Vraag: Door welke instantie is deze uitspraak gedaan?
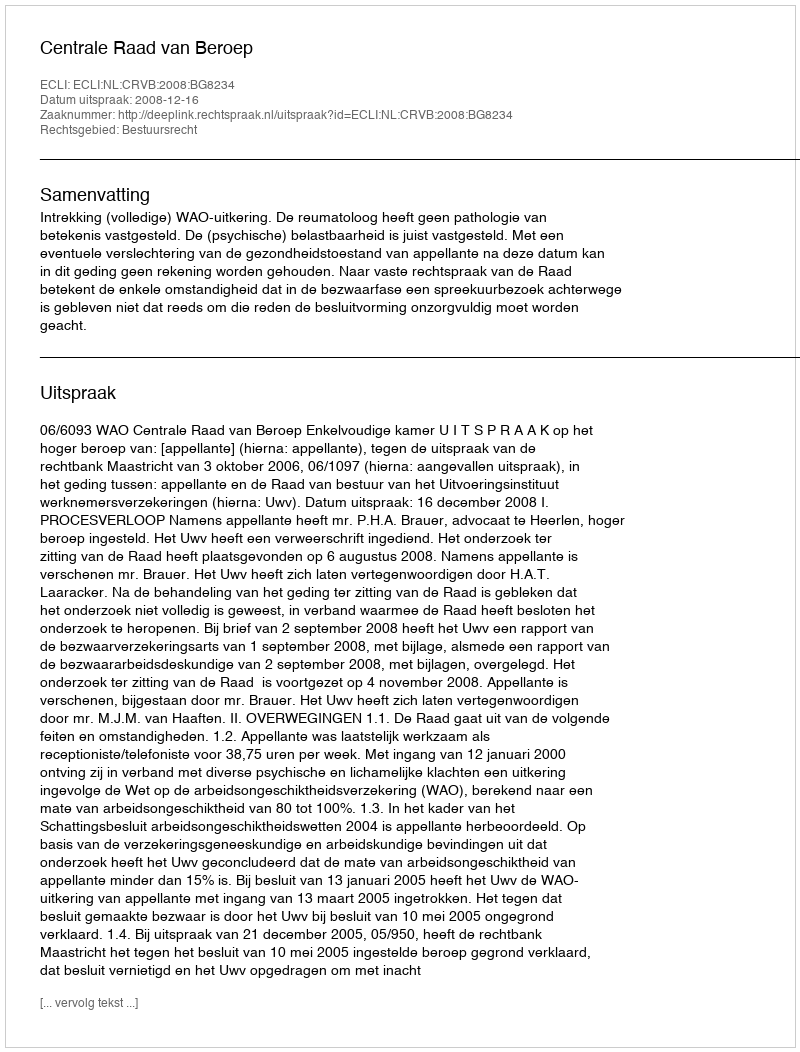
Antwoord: Centrale Raad van Beroep